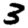
Digit: 3